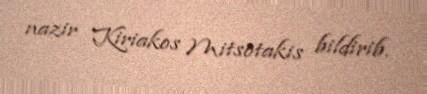
nazir Kiriakos Mitsotakis bildirib.